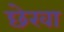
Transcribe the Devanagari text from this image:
छेरवा